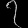
Digit: ၇